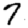
Digit: 7